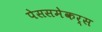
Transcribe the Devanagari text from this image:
पेससमेकर्स